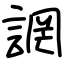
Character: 誷